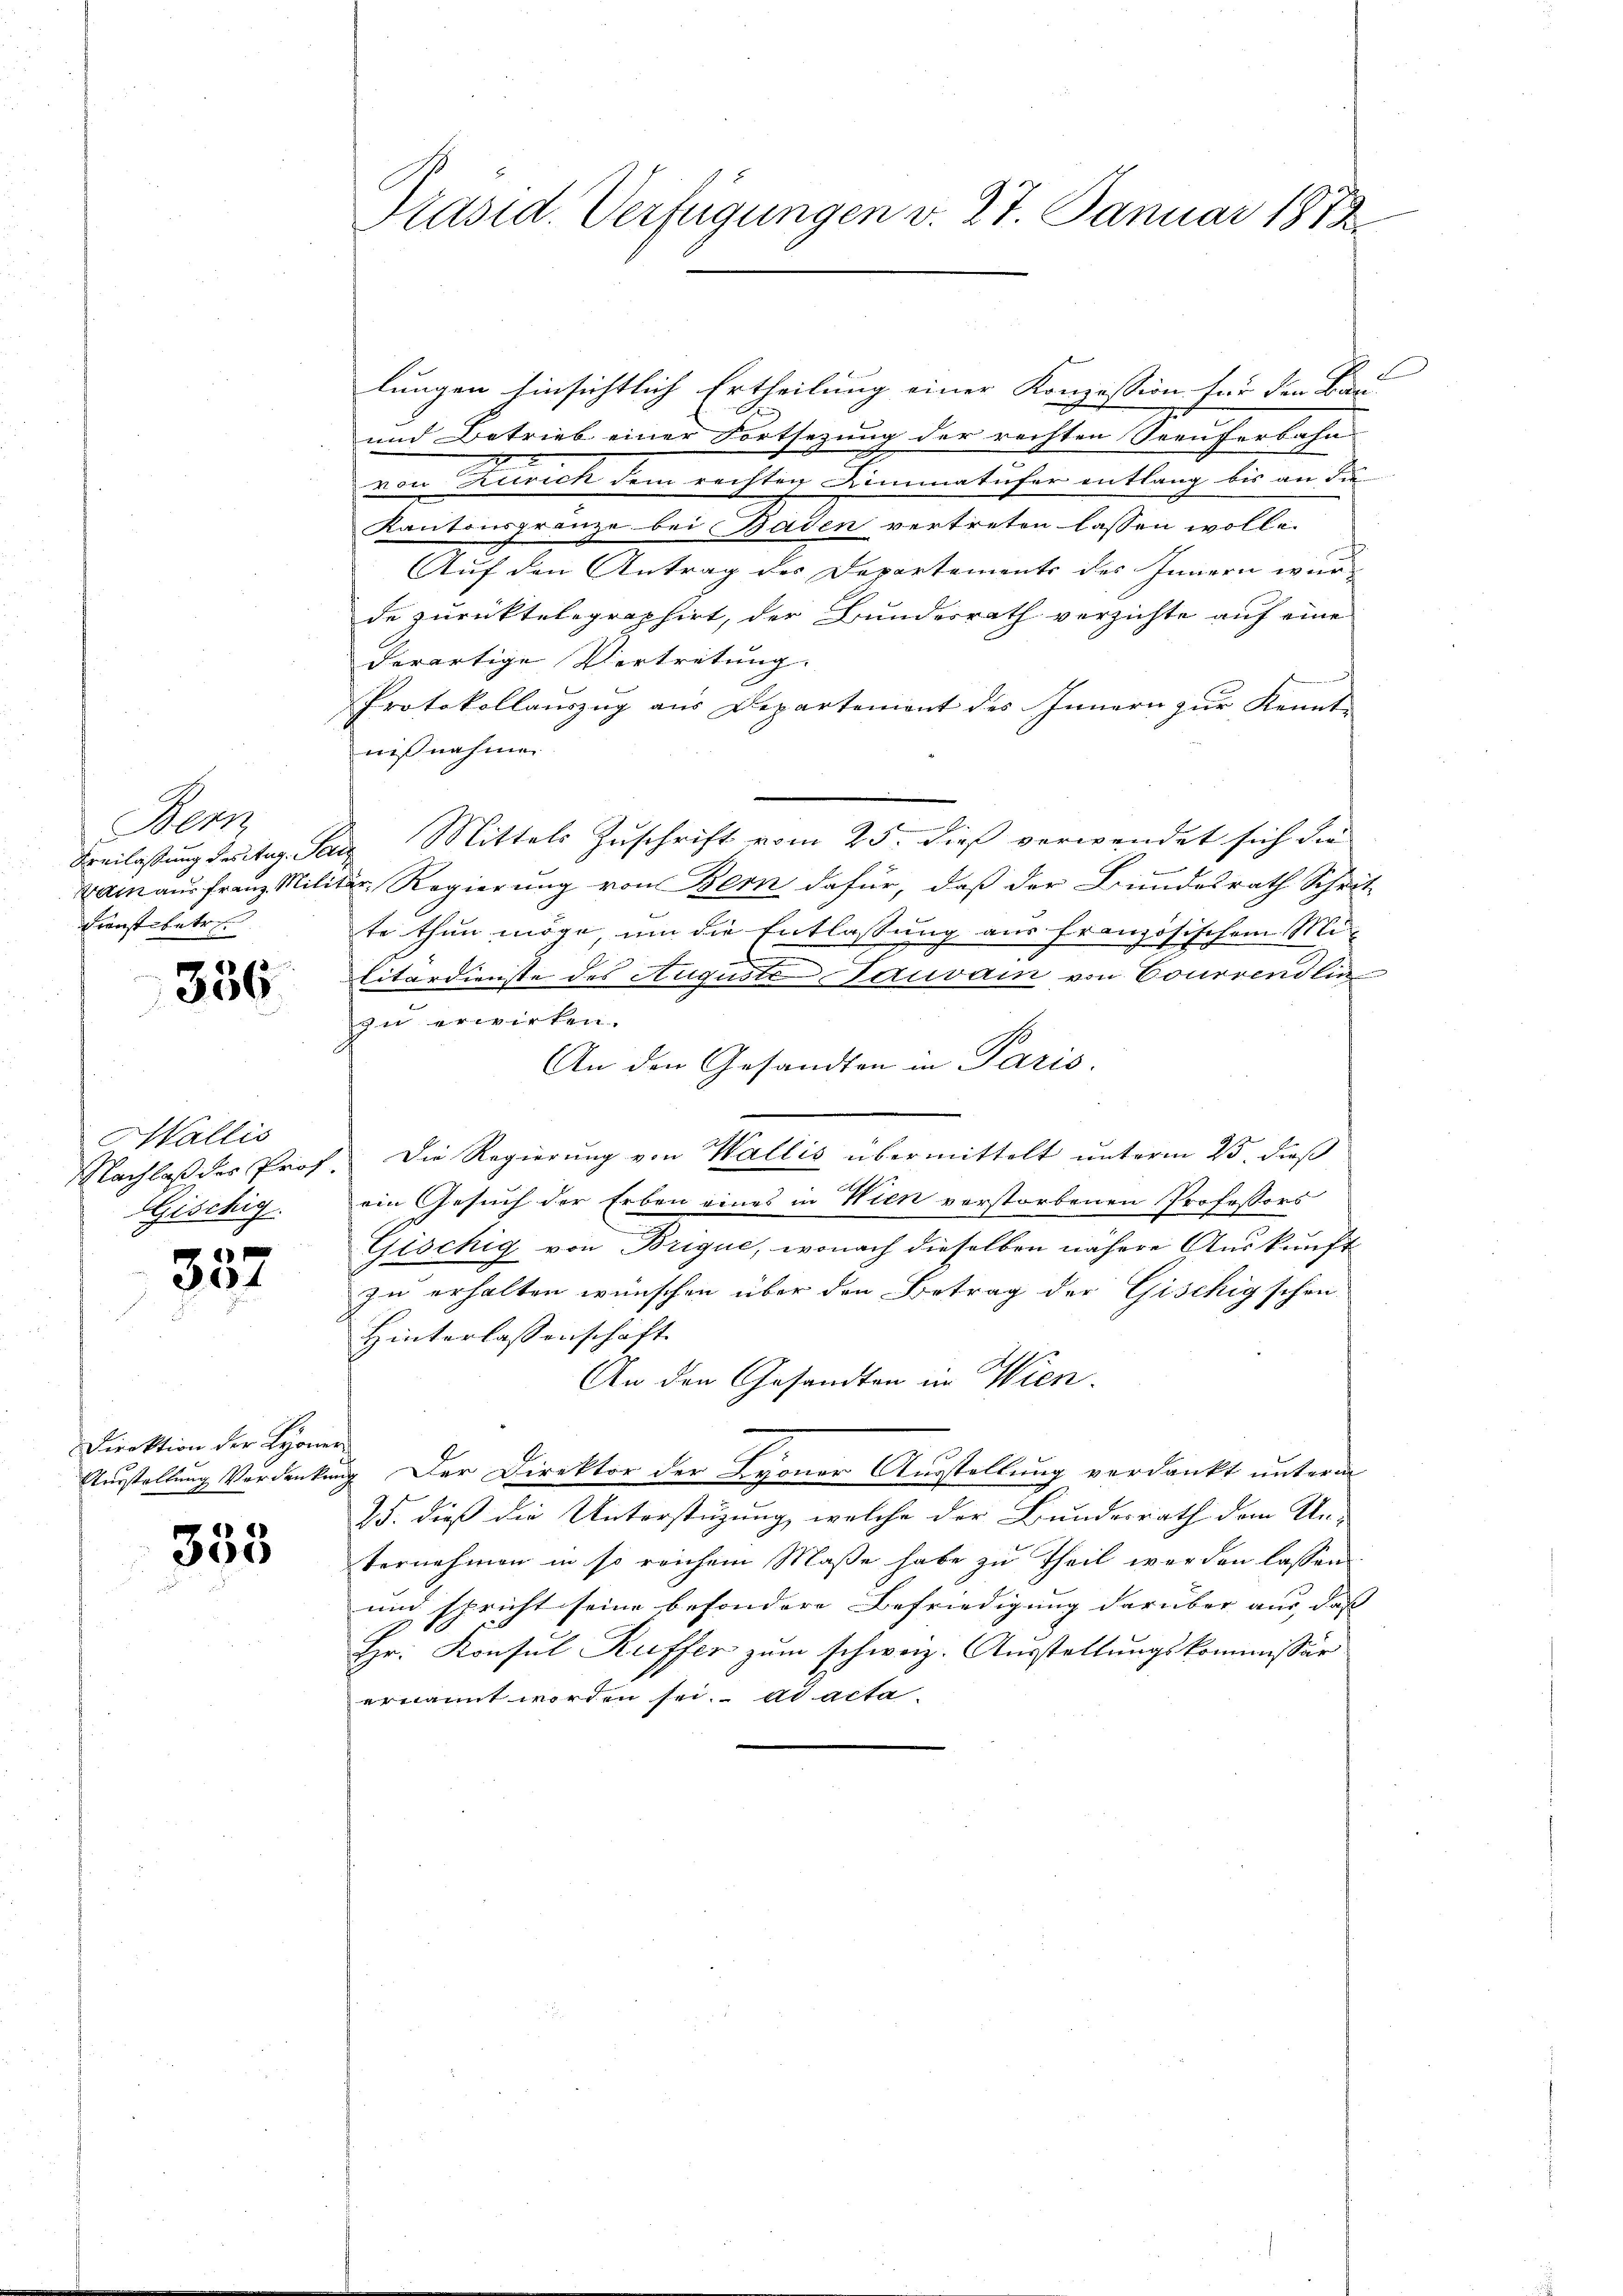
Nr.
Dienstbetr

356

Wallis
Geschig

34

Direktion der Lyoner

353

Präsid. Verfügungen v. 27. Januar 1878

lungen hinsichtlich Ertheilung einer Konzession für den Bau-
und Betrieb einer Fortsezung der rechten Seeuferbahn
von Zürich dem rechtig Limmatufer entlang bis an die
Kantonsfranze bei Baden vertreten lassen wolle.
Auf den Antrag des Departements des Innern wur-
de zurücktelegraphirt, der Bundesrath verzichte auf eine
derartige Vertretung.
Protokollauszug aus Departemont des Innern zur Kennt-
nißnahme.
Beilassung seitig. San Mittels Zuschrift vom 25. dieß verwendet sich die
kam aus franz Militär-Regierŭng von Bern dafür, daβ der Bundesrath Schritte thun möge um die Entlassung aus französischem Mi-
litärdienste des Auguste Sauvain von Bourrendlic
zu erwirken.
An den Gesandten in Paris.
Nachlaß des Prof. Die Regierung von Wallis übermittelt unterm 25. dieß
ein Gesuch der Erben eines in Wien vorstorbenen Professors
Gischig von Brique, wonach dieselben nähere Auskunft
zu erhalten wünschen über den Betrag der Gischig schon-
Hinterlassenschaft
An den Gesandten in Wien.
Ausstellung Vordenkung. Der Direktor der Lyoner Ausstellung verdankt unterm
25. dieß die Unterstüzung, welche der Bundesrath dem Un-
ternehmen in so reichem Maße habe zu Theil werden lassen
und spricht seine besondere Befriedigung darüber aus das |
Hr. Konsul Kuffer zum schweiz. Ausstellungskommissär
ernannt worden sei. ad acta.

d